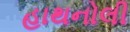
હાથનોલી